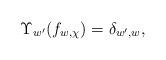
LaTeX: \begin{align*}\Upsilon_{w'}(f_{w,\chi})=\delta_{w',w},\end{align*}